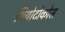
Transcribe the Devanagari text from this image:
थियोटोकोस